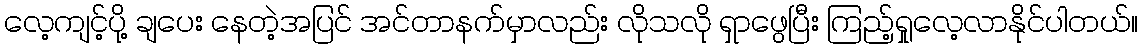
လေ့ကျင့်ပို့ ချပေး နေတဲ့အပြင် အင်တာနက်မှာလည်း လိုသလို ရှာဖွေပြီး ကြည့်ရှုလေ့လာနိုင်ပါတယ်။